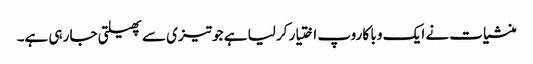
منشیات نے ایک و با کا روپ اختیار کر لیا ہے جو تیزی سے پھیلتی جا رہی ہے۔